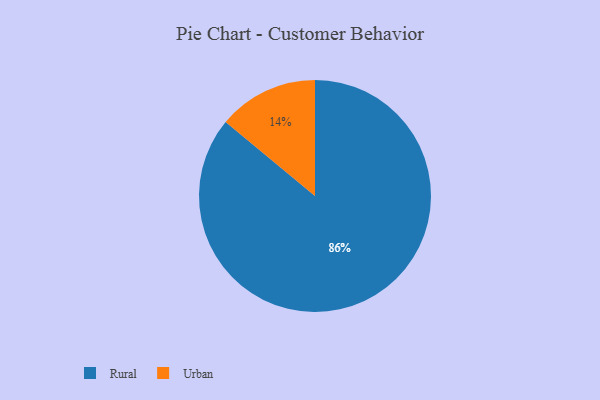
{"axis": {"x": "Category", "y": "Percentage"}, "legend": ["Rural", "Urban"], "data": [{"x": "Urban", "y": 14, "type": "Urban"}, {"x": "Rural", "y": 86, "type": "Rural"}]}